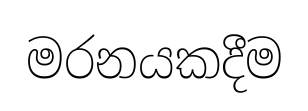
මරනයකදීම